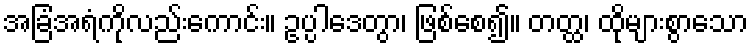
အခြံအရံကိုလည်းကောင်း။ ဥပ္ပါဒေတွာ၊ ဖြစ်စေ၍။ တတ္ထ၊ ထိုများစွာသော